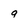
Character: g